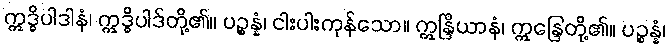
ဣဒ္ဓိပါဒါနံ၊ ဣဒ္ဓိပါဒ်တို့၏။ ပဉ္စန္နံ၊ ငါးပါးကုန်သော။ ဣန္ဒြိယာနံ၊ ဣန္ဒြေတို့၏။ ပဉ္စန္နံ၊